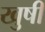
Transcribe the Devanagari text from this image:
खुषी